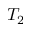
T _ { 2 }